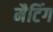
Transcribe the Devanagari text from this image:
मैटिंग